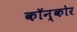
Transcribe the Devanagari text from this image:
कॉन्कोर